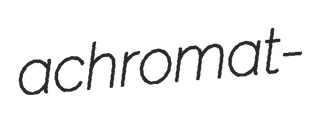
achromat-